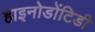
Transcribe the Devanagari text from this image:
हाइनोडोंटिडी